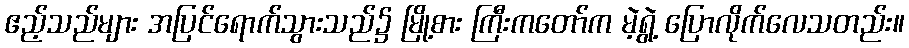
ဧည့်သည်များ အပြင်ရောက်သွားသည်၌ မြို့စား ကြီးကတော်က မဲ့ရွဲ့ ပြောလိုက်လေသတည်း။